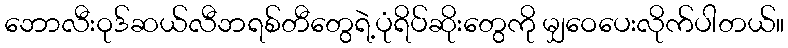
ဘောလီးဝုဒ်ဆယ်လီဘရစ်တီတွေရဲ့ပုံရိပ်ဆိုးတွေကို မျှဝေပေးလိုက်ပါတယ်။